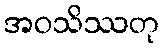
အဝသိဿတု